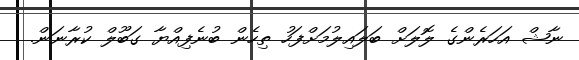
ނާޝް އަހަރެންގެ ލޮލަށް ބަލައިލުމަށްފަހު ތިހެން ބުނެފިއްޔާ ގަބޫލް ކުރާނަން.